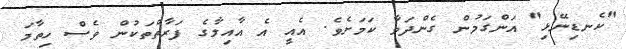
"ކެނޑިނޭޅި" އަންގަމުން ގެންދަވާ ކަމަށެވެ. އެއީ އެ އާއިލާގެ ފަރާތްތަކުން ވެސް ހިތާމަ